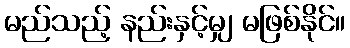
မည်သည့် နည်းနှင့်မျှ မဖြစ်နိုင်။